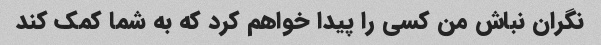
نگران نباش من کسی را پیدا خواهم کرد که به شما کمک کند